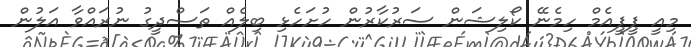
މިއީ ޕީޕީއެމް ހިމެނޭ ކޯލިޝަން ސަރުކާރުން ހުށަހެޅި ބިލެއް ތަސްދީގު ނުރައްވާ އަލުން